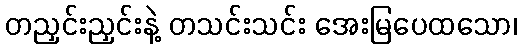
တညှင်းညှင်းနဲ့ တသင်းသင်း အေးမြပေထသော၊